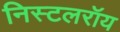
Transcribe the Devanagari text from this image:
निस्टलरॉय